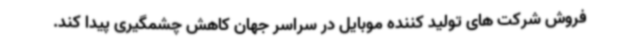
فروش شرکت های تولید کننده موبایل در سراسر جهان کاهش چشمگیری پیدا کند.